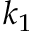
k _ { 1 }